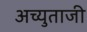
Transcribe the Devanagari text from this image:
अच्युताजी